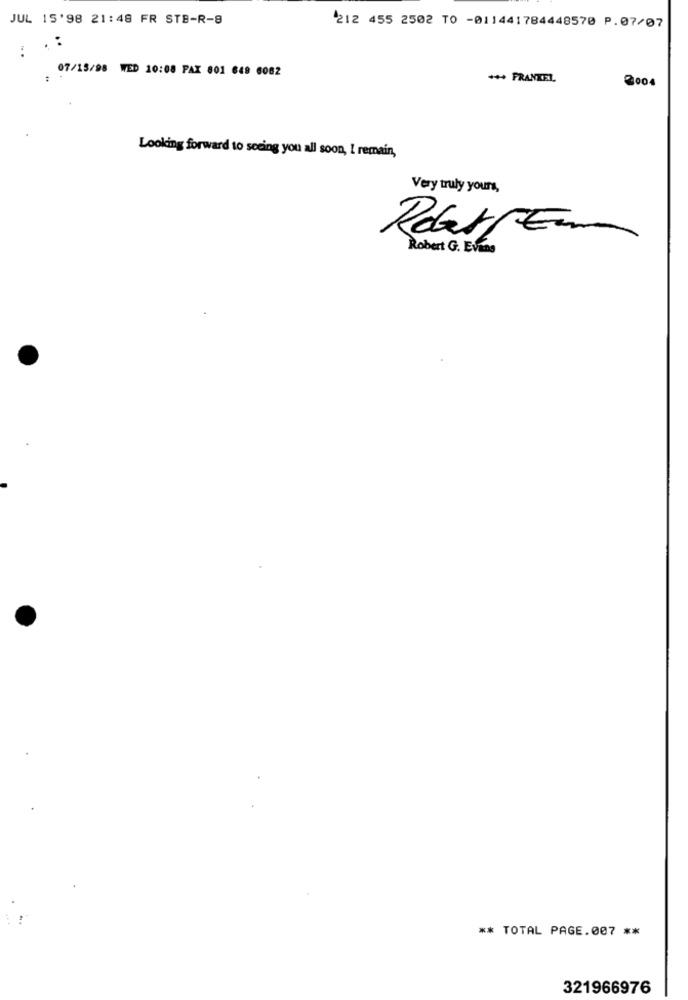
JUL 15'98 21:48 FR STB-R-8
212 455 2502 TO -011441784448570 P.07/07
07/15/98 WED 10:08 PAX 801 648 6082
+++ FRANKEL
3004
Looking forward to seeing you all soon, I remain,
Very truly yours,
RobertEm
Robert G. Evans
** TOTAL PAGE.007 **
321966976